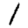
Digit: 1